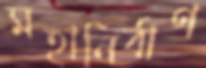
মহানির্বাণ